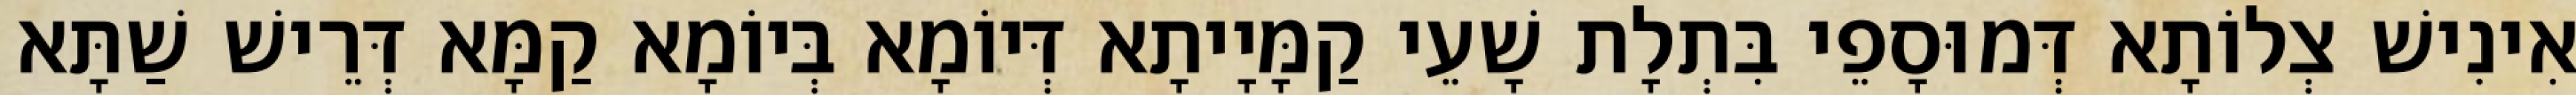
אִינִישׁ צְלוֹתָא דְּמוּסָפֵי בִּתְלָת שָׁעֵי קַמָּיָיתָא דְּיוֹמָא בְּיוֹמָא קַמָּא דְּרֵישׁ שַׁתָּא